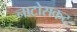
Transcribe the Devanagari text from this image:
नाटोसकट